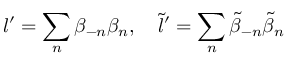
l ^ { \prime } = \sum _ { n } \beta _ { - n } \beta _ { n } , \quad \tilde { l } ^ { \prime } = \sum _ { n } \tilde { \beta } _ { - n } \tilde { \beta } _ { n }